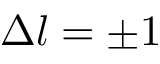
\Delta l = \pm 1